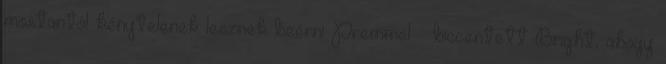
mostantól kénytelenek lesznek beérni Premmel – biccentett Bright, ahogy